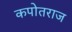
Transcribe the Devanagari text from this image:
कपोतराज